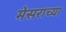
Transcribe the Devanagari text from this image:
मेसराच्या